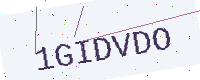
Text: 1GIDVDO